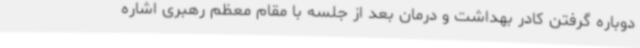
دوباره گرفتن کادر بهداشت و درمان بعد از جلسه با مقام معظم رهبری اشاره